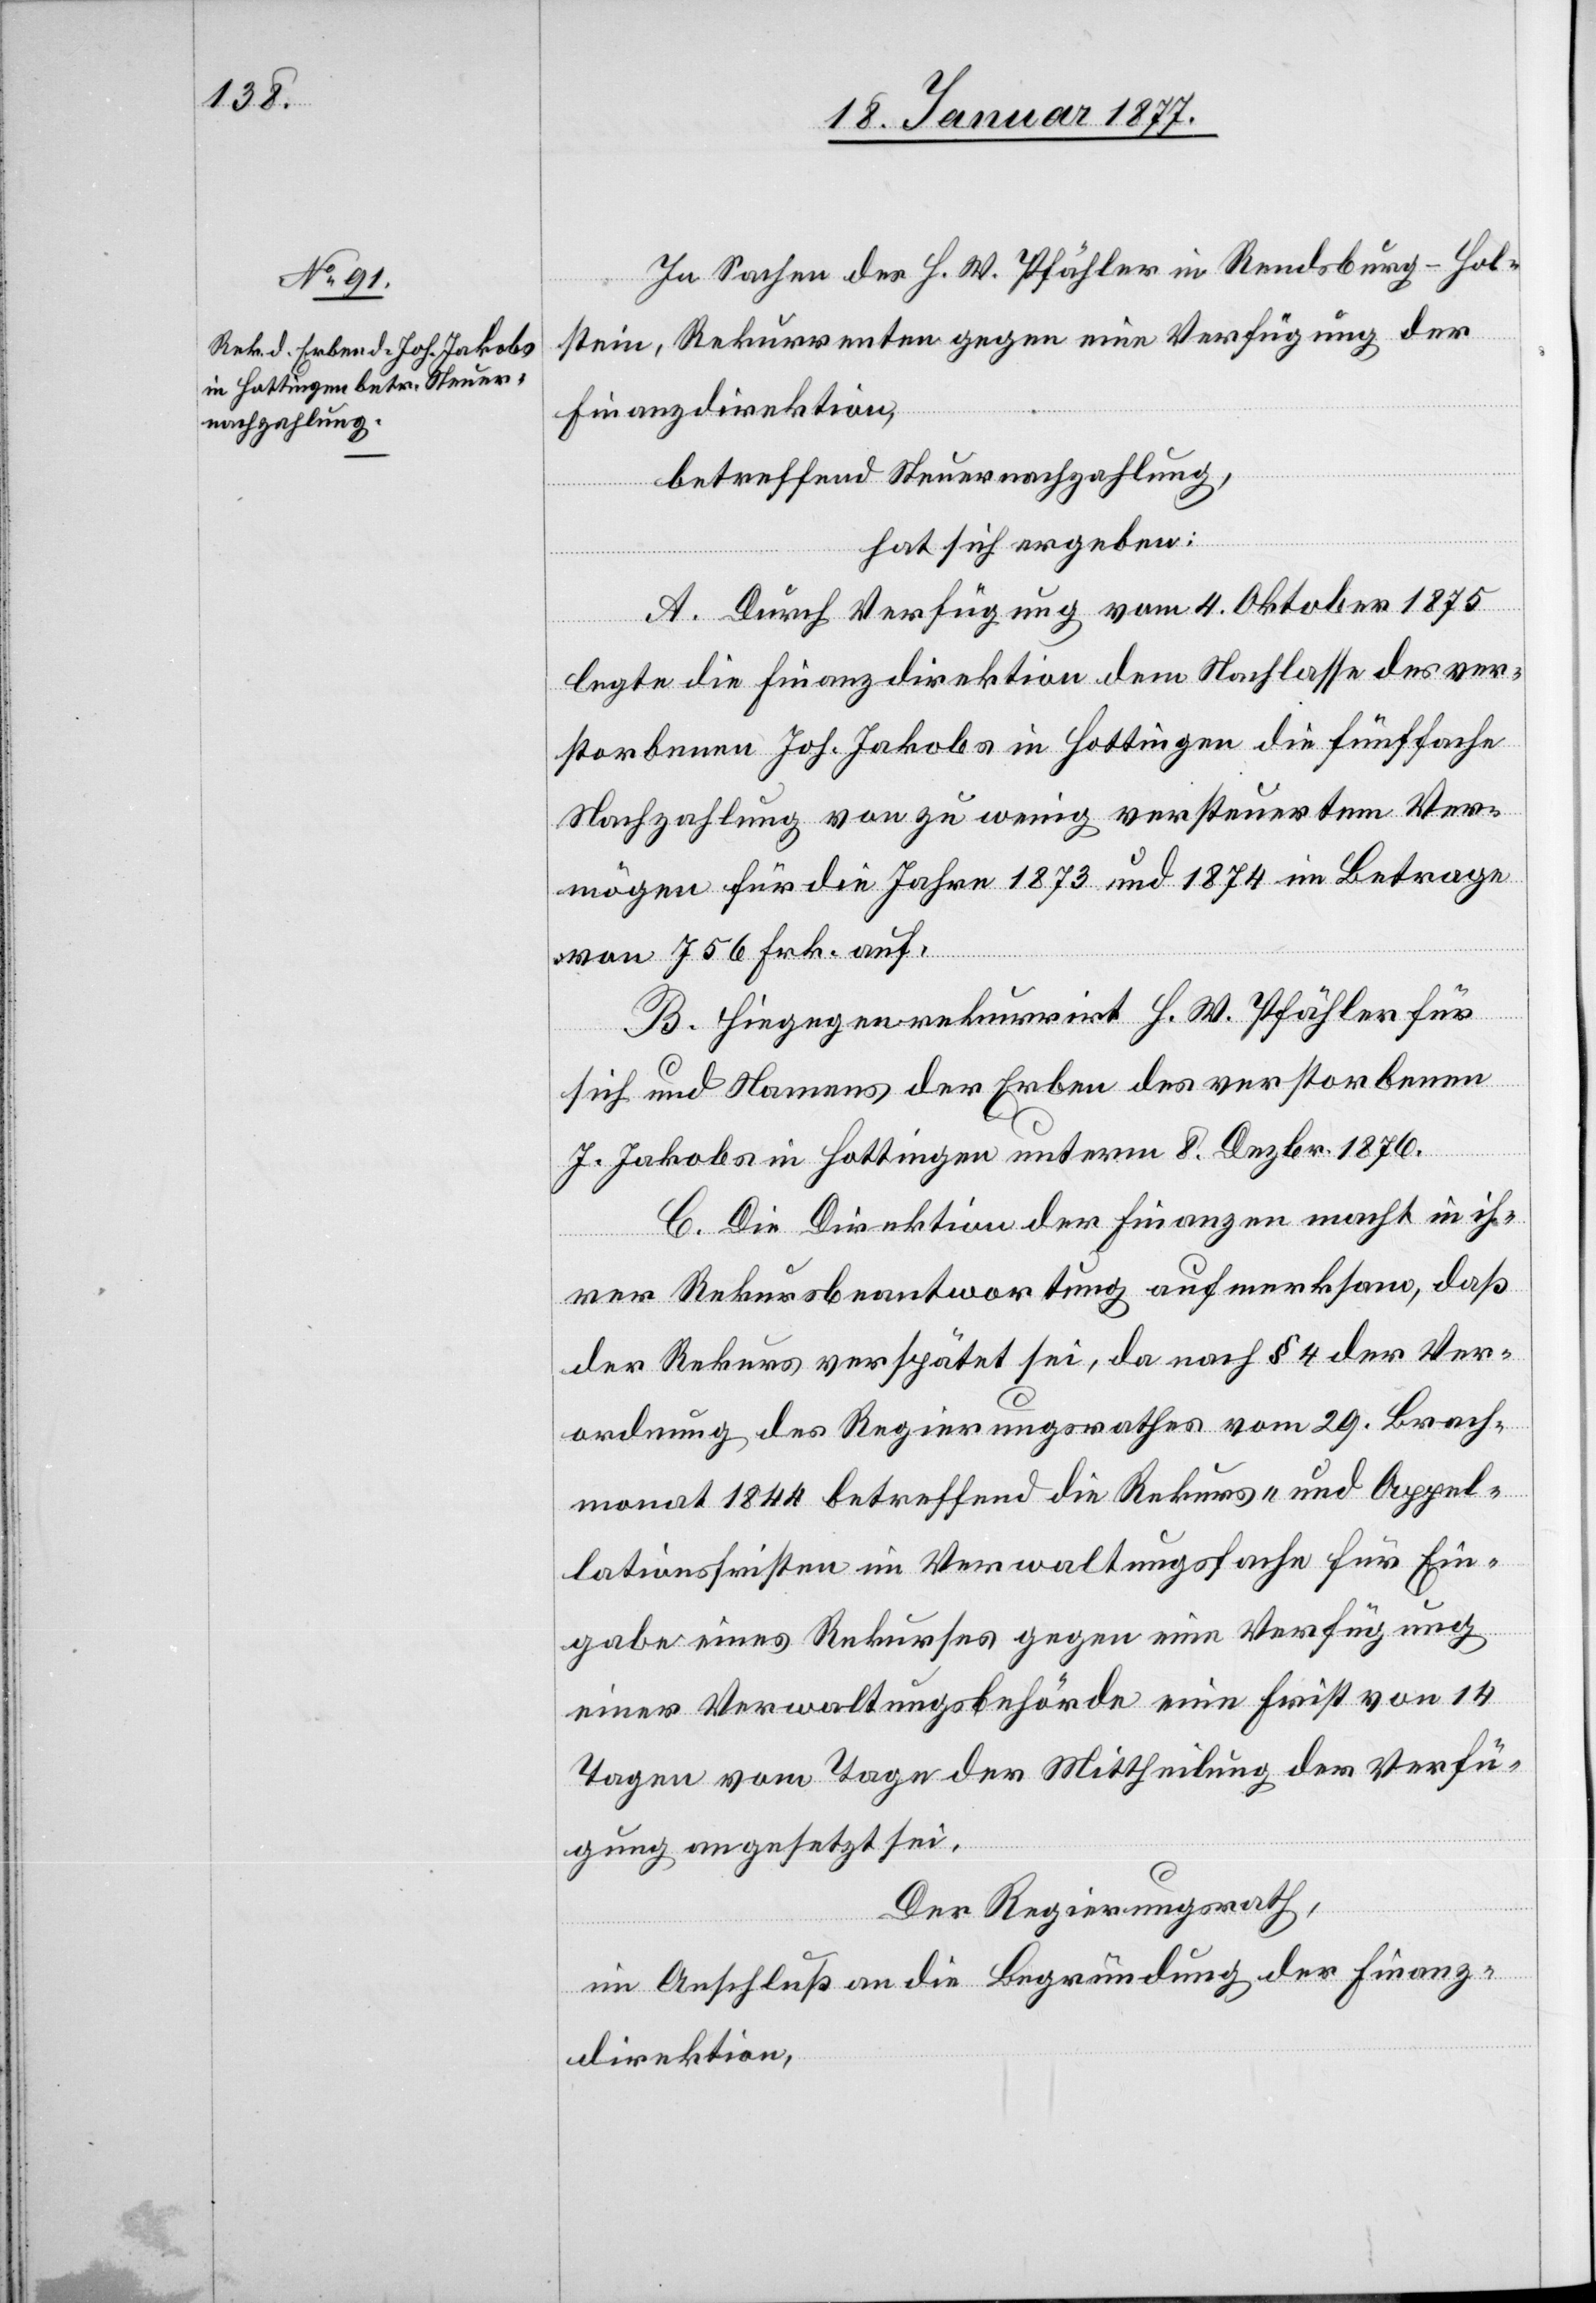
In Sachen des H. W. Pfähler in Rendsburg–Hohl¬
stein, Rekurrenten gegen eine Verfügung der
Finanzdirektion,
betreffend Steuernachzahlung,
hat sich ergeben:
A. Durch Verfügung vom 4. Oktober 1875
legte die Finanzdirektion dem Nachlasse des ver¬
storbenen Joh. Jakobs in Hottingen die fünffache
Nachzahlung von zu wenig versteuertem Ver¬
mögen für die Jahre 1873 und 1874 im Betrage
von 756 Frk. auf.
B. Hiegegen rekurrirt H. W. Pfähler für
sich und Namens der Erben des verstorbenen
J. Jakobs in Hottingen unterm 8. Dezbr. 1876.
C. Die Direktion der Finanzen macht in ih¬
rer Rekursbeantwortung aufmerksam, daß
der Rekurs verspätet sei, da nach § 4 der Ver¬
ordnung des Regierungsrathes vom 29. Brach¬
monat 1844 betreffend die Rekurs- und Appel¬
lationsfristen im Verwaltungsfache für Ein¬
gabe eines Rekurses gegen eine Verfügung
einer Verwaltungsbehörde eine Frist von 14
Tagen vom Tage der Mittheilung der Verfü¬
gung angesetzt sei.
Der Regierungsrath,
im Anschluß an die Begründung der Finanz¬
direktion,